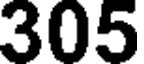
305